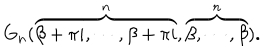
G _ { n } ( \overbrace { \beta + \pi i , \cdots , \beta + \pi i } ^ { n } , \overbrace { \beta , \cdots , \beta } ^ { n } ) .